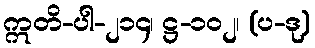
ဣတိ-ပါ-၂၁၄၊ ဋ္ဌ-၁၀၂၊ (ပ-ဒု)